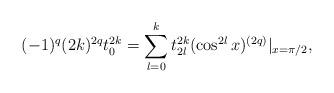
LaTeX: \begin{align*}(-1)^q (2k)^{2q}t_0^{2k}=\sum_{l=0}^{k} t_{2l}^{2k}(\cos ^{2l}x)^{(2q)}|_{x=\pi/2},\end{align*}